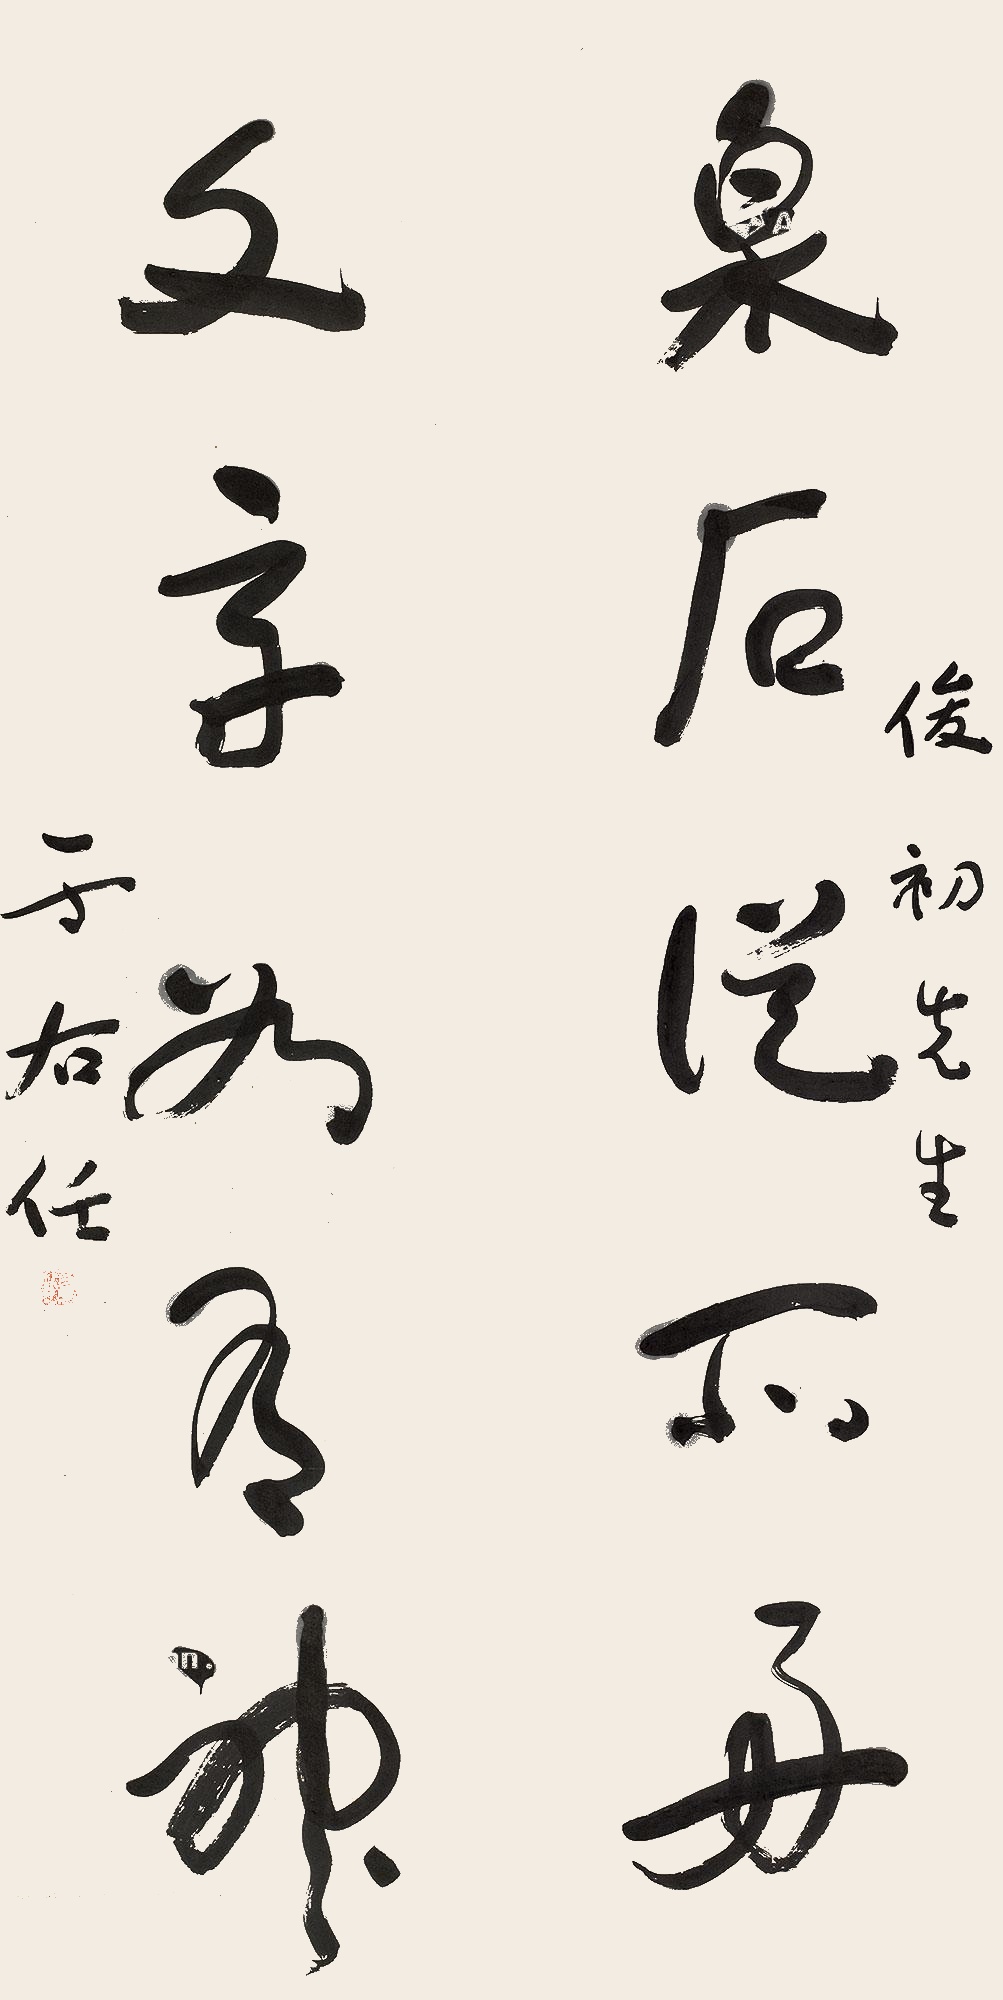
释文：泉石从所好，文章如有神。俊初先生，于右任。